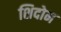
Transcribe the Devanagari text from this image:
शिदोम